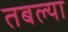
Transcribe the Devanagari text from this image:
तबल्या